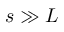
s \gg L